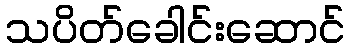
သပိတ်ခေါင်းဆောင်